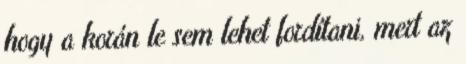
hogy a korán le sem lehet fordítani, mert az